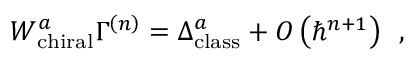
W _ { \mathrm { c h i r a l } } ^ { a } \Gamma ^ { \left( n \right) } = \Delta _ { \mathrm { c l a s s } } ^ { a } + O \left( \hbar ^ { n + 1 } \right) \, \, \, ,